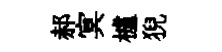
郝㝠櫨猊